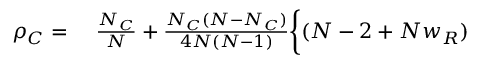
\begin{array} { r l } { \rho _ { C } = } & { { } ~ \frac { N _ { C } } { N } + \frac { N _ { C } ( N - N _ { C } ) } { 4 N ( N - 1 ) } \bigg \{ ( N - 2 + N w _ { R } ) } \end{array}